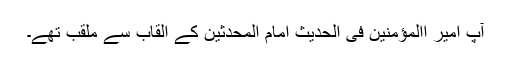
آپ امیر االمؤمنین فی الحدیث امام المحدثین کے القاب سے ملقب تھے۔